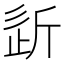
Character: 𣂠